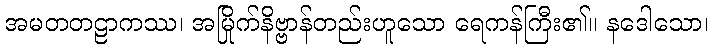
အမတတဠာကဿ၊ အမြိုက်နိဗ္ဗာန်တည်းဟူသော ရေကန်ကြီး၏။ နဒေါသော၊